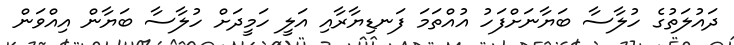
ދައުލަތުގެ ހުލާސާ ބަޔާނަށްފަހު އުއްތަމަ ފަނޑިޔާރާއި އަލީ ހަމީދަށް ހުލާސާ ބަޔާން އިއްވަން